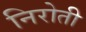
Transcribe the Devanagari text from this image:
निरोती